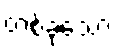
တစ်ခုသော